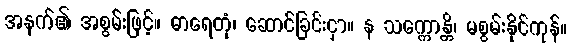
အနက်၏ အစွမ်းဖြင့်။ ဓာရေတုံ၊ ဆောင်ခြင်းငှာ။ န သက္ကောန္တိ၊ မစွမ်းနိုင်ကုန်။